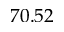
7 0 . 5 2